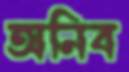
অনিব